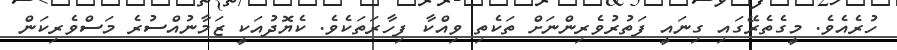
ހުރެއެވެ. މީގެތެރޭގައި ގިނައީ ފަތުރުވެރިންނަށް ތަކެތި ވިއްކާ ފިހާރަތަކެވެ. ކެޔޮދުއަކީ ޒަމާނުއްސުރެ މަސްވެރިކަން